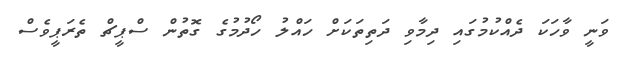
ވަނީ ވާހަކަ ދެއްކުމުގައި ދިމާވި ދަތިތަކަށް ހައްލު ހޯދުމުގެ ގޮތުން ސްޕީޗް ތެރަޕީވެސް